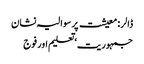
ڈالر : معیشت پر سوالیہ نشان
جمہوریت‘ تعلیم اور فوج